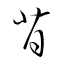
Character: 背